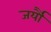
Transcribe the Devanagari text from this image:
जर्यौ